Report on the working of the Ranchi Indian Mental Hospital, Kanke, in Bihar and Orissa - 1930-1940
Year: 1930
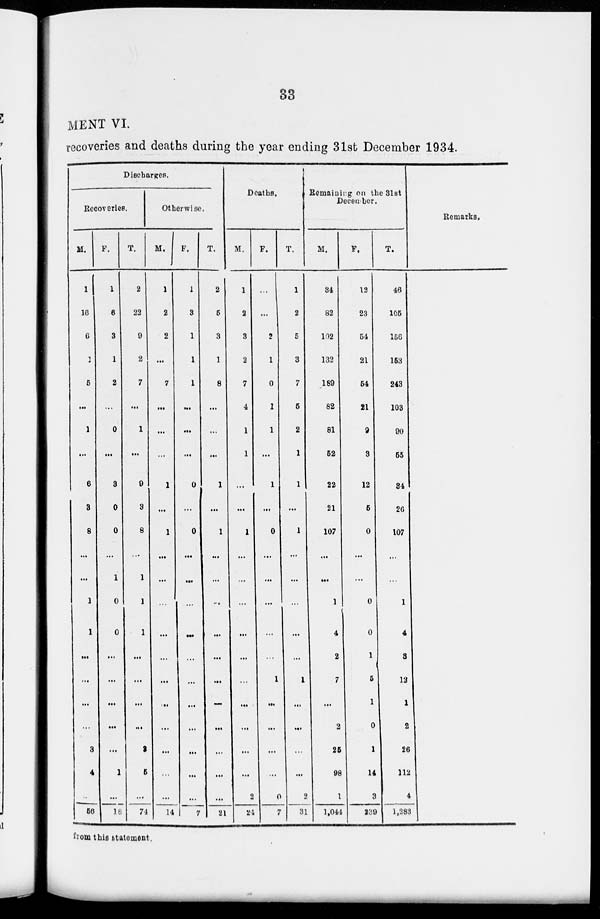
33
MENT VI.
recoveries and deaths during the year ending 31st December 1934.
Discharges.
Recoveries.
M.
1
16
6
1
5
...
1
...
6
3
8
...
...
1
1
...
...
...
...
3
4
...
56
F.
1
6
3
1
2
...
0
...
3
0
0
...
1
0
0
...
...
...
...
...
1
...
18
T.
2
22
9
2
7
...
1
...
9
3
8
...
1
1
1
...
...
...
...
3
5
...
71
Otherwise.
M.
1
2
2
...
7
...
...
...
1
...
1
...
...
...
...
...
...
...
...
...
...
...
14
F.
1
3
1
1
1
...
...
...
0
...
0
...
...
...
...
...
...
...
...
...
...
...
7
T.
2
5
3
1
8
...
...
...
1
...
1
...
...
...
...
...
...
...
...
...
...
...
21
Deaths.
M.
1
2
3
2
7
4
1
1
...
...
1
...
...
...
...
...
...
...
...
...
...
2
24
F.
. . .
...
2
1
0
1
1
...
1
...
0
...
...
...
...
...
1
...
...
...
...
0
7
T.
1
2
5
3
7
5
2
1
1
...
1
...
...
...
...
...
1
...
...
...
...
2
31
Remaining on the 31st
December.
M.
34
82
102
132
189
82
81
52
22
21
107
...
...
1
4
2
7
...
2
25
98
1
1,044
F.
12
23
54
21
54
21
9
3
12
5
0
...
...
0
0
1
5
1
0
1
14
3
239
T.
46
105
156
153
243
103
90
55
34
26
107
...
...
1
4
3
12
1
2
26
112
4
1,283
Remarks.
from this statement.